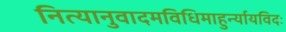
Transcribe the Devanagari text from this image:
नित्यानुवादमविधिमाहुर्न्यायविदः